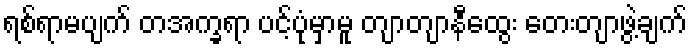
ရစ်ရာမပျက် တအက္ခရာ ပင့်ပုံမှာမူ တျာတျာနီထွေး တေးတျာဖွဲ့ချက်